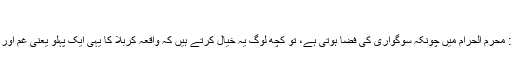
ادارہ
اسلام ٹائمز: محرم الحرام میں چونکہ سوگواری کی فضا ہوتی ہے، تو کچھ لوگ یہ خیال کرتے ہیں کہ واقعہ کربلا کا یہی ایک پہلو یعنی غم اور سوگواری۔